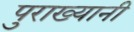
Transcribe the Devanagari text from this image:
पुराख्यानी